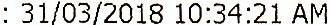
: 31/03/2018 10:34:21 AM